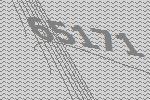
65171